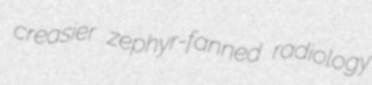
creasier zephyr-fanned radiology